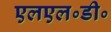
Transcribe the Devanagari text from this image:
एलएल॰डी॰